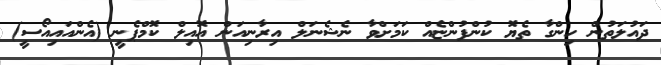
ދައުލަތުން ހިންގާ ތެޔޮ ކުންފުންޏެއް ކަމަށްވާ ނެޝެނަަލް އިރާނިއަން އޮއިލް ކޮމްޕެނީ (އެންއައިއޯސީ)